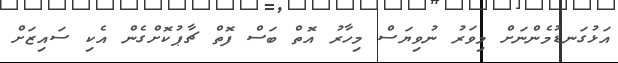
އަޅުގަނޑުމެންނަށް މިވަރު ނުވިޔަސް މިހާރު އޮތް ބަސް ފޮތް ޗާޕުކޮށްގެން އެކި ސައިޒަށް